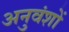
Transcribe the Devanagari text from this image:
अनुवंशों